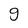
Character: g